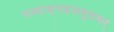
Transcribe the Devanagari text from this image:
पञ्चाङ्गफ़लमुत्तमम्